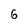
Character: 6